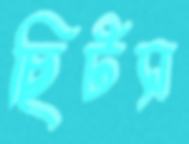
ছিটস